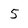
Character: 5